Papers set at the Examination for Leaving Certificates, 1893
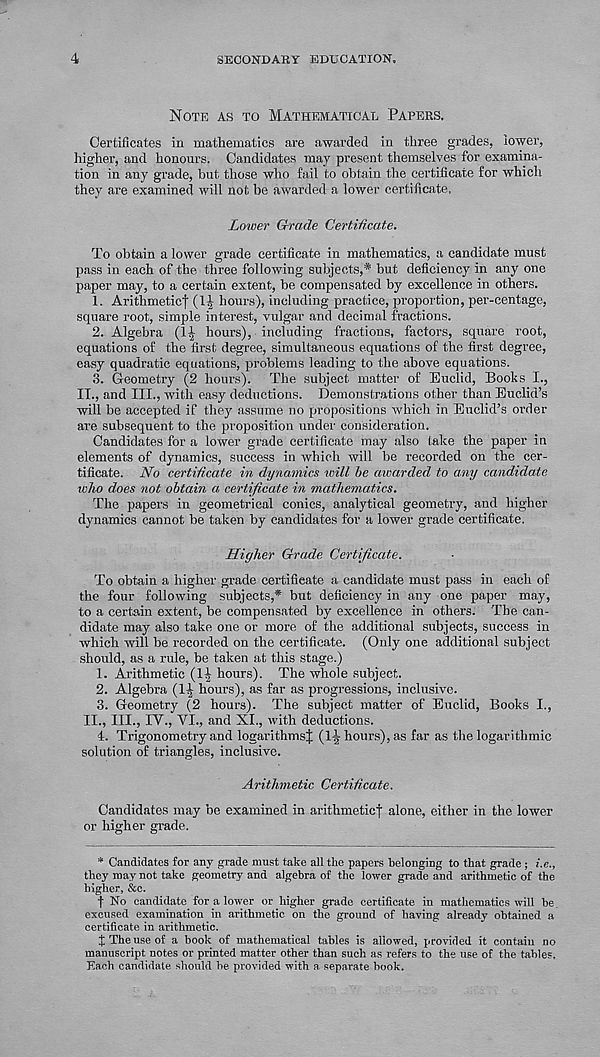
4
SECONDARY EDUCATION.
NOTE AS TO MATHEMATICAL PAPERS.
Certificates in mathematics are awarded in three grades, lower,
higher, and honours. Candidates may present themselves for examina-
tion in any grade, but those who fail to obtain the certificate for which
they are examined will not be awarded a lower certificate.
Lower Grade Certificate.
To obtain a lower grade certificate in mathematics, a candidate must
pass in each of the three following subjects,* but deficiency in any one
paper may, to a certain extent, be compensated by excellence in others.
1. Arithmeticf (1J hours), including practice, proportion, per-centage,
square root, simple interest, vulgar and decimal fractions.
2. Algebra (1^ hours), including fractions, factors, square root,
equations of the first degree, simultaneous equations of the first degree,
easy quadratic equations, problems leading to the above equations.
3. Geometry (2 hours). The subject matter of Euclid, Boohs I.,
II., and III., with easy deductions. Demonstrations other than Euclid’s
will be accepted if they assume no propositions which in Euclid’s order
are subsequent to the proposition under consideration.
Candidates for a lower grade certificate may also take the paper in
elements of dynamics, success in which will be recorded on the cer-
tificate. No certificate in dynamics will be awarded to any candidate
who does not obtain a certificate in mathematics.
The papers in geometrical conics, analytical geometry, and higher
dynamics cannot be taken by candidates for a lower grade certificate.
Higher Grade Certificate.
To obtain a higher grade certificate a candidate must pass in each of
the four following subjects,* but deficiency in any one paper may,
to a certain extent, be compensated by excellence in others. The can-
didate may also take one or more of the additional subjects, success in
which will be recorded on the certificate. (Only one additional subject
should, as a rule, be taken at this stage.)
1. Arithmetic (1| hours). The whole subject.
2. Algebra (1^ hours), as far as progressions, inclusive.
3. Geometry (2 hours). The subject matter of Euclid, Books I.,
II., III., IV., VI., and XL, with deductions.
4. Trigonometry and logarithmsj (1~ hours), as far as the logarithmic
solution of triangles, inclusive.
Arithmetic Certificate.
Candidates may be examined in arithmetic! alone, either in the lower
or higher gi-ade.
* Candidates for any grade must take all the papers belonging to that grade ; i.e.,
they may not take geometry and algebra of the lower grade and arithmetic of the
higher, &c.
f No candidate for a lower or higher grade certificate in mathematics will he.
excused examination in arithmetic on the ground of having already obtained a
certificate in arithmetic.
J The use of a book of mathematical tables is allowed, provided it contain no
manuscript notes or printed matter other than such as refers to the use of the tables.
Each candidate should be provided with a separate book.